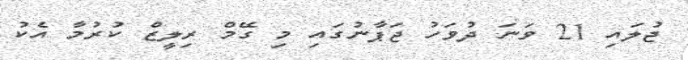
ޖުލައި 21 ވަނަ ދުވަހު ޖަޕާނުގައި މި ގޭމް ރިލީޒް ކުރުމާ އެކު